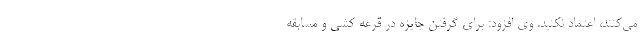
می‌کنند، اعتماد نکنید. وی افزود: برای گرفتن جایزه در قرعه کشی و مسابقه